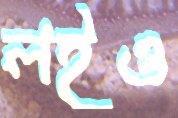
লইও